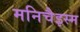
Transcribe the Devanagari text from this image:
मनिचैइस्म